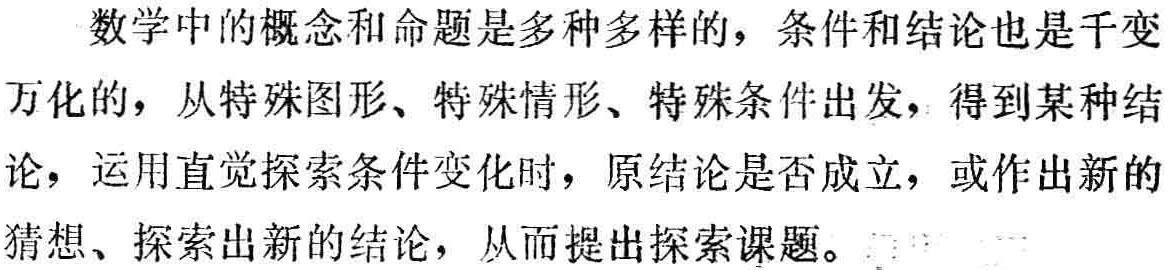
数学中的概念和命题是多种多样的，条件和结论也是千变

万化的，从特殊图形、特殊情形、特殊条件出发，得到某种结

论，运用直觉探索条件变化时，原结论是否成立，或作出新的

猜想、探索出新的结论，从而提出探索课题。